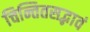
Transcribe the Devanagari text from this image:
चिन्तितसद्भावं